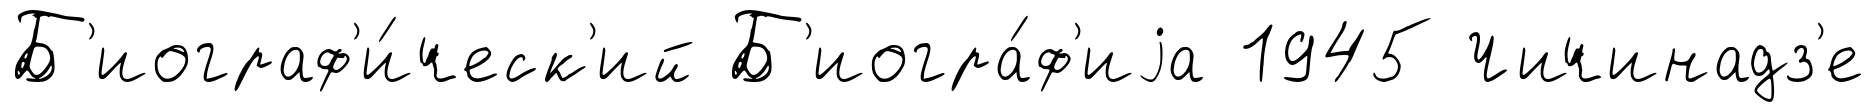
Б'иограф'и́ческ'ий Б'иогра́ф'иjа 1945 Чичинадз'е